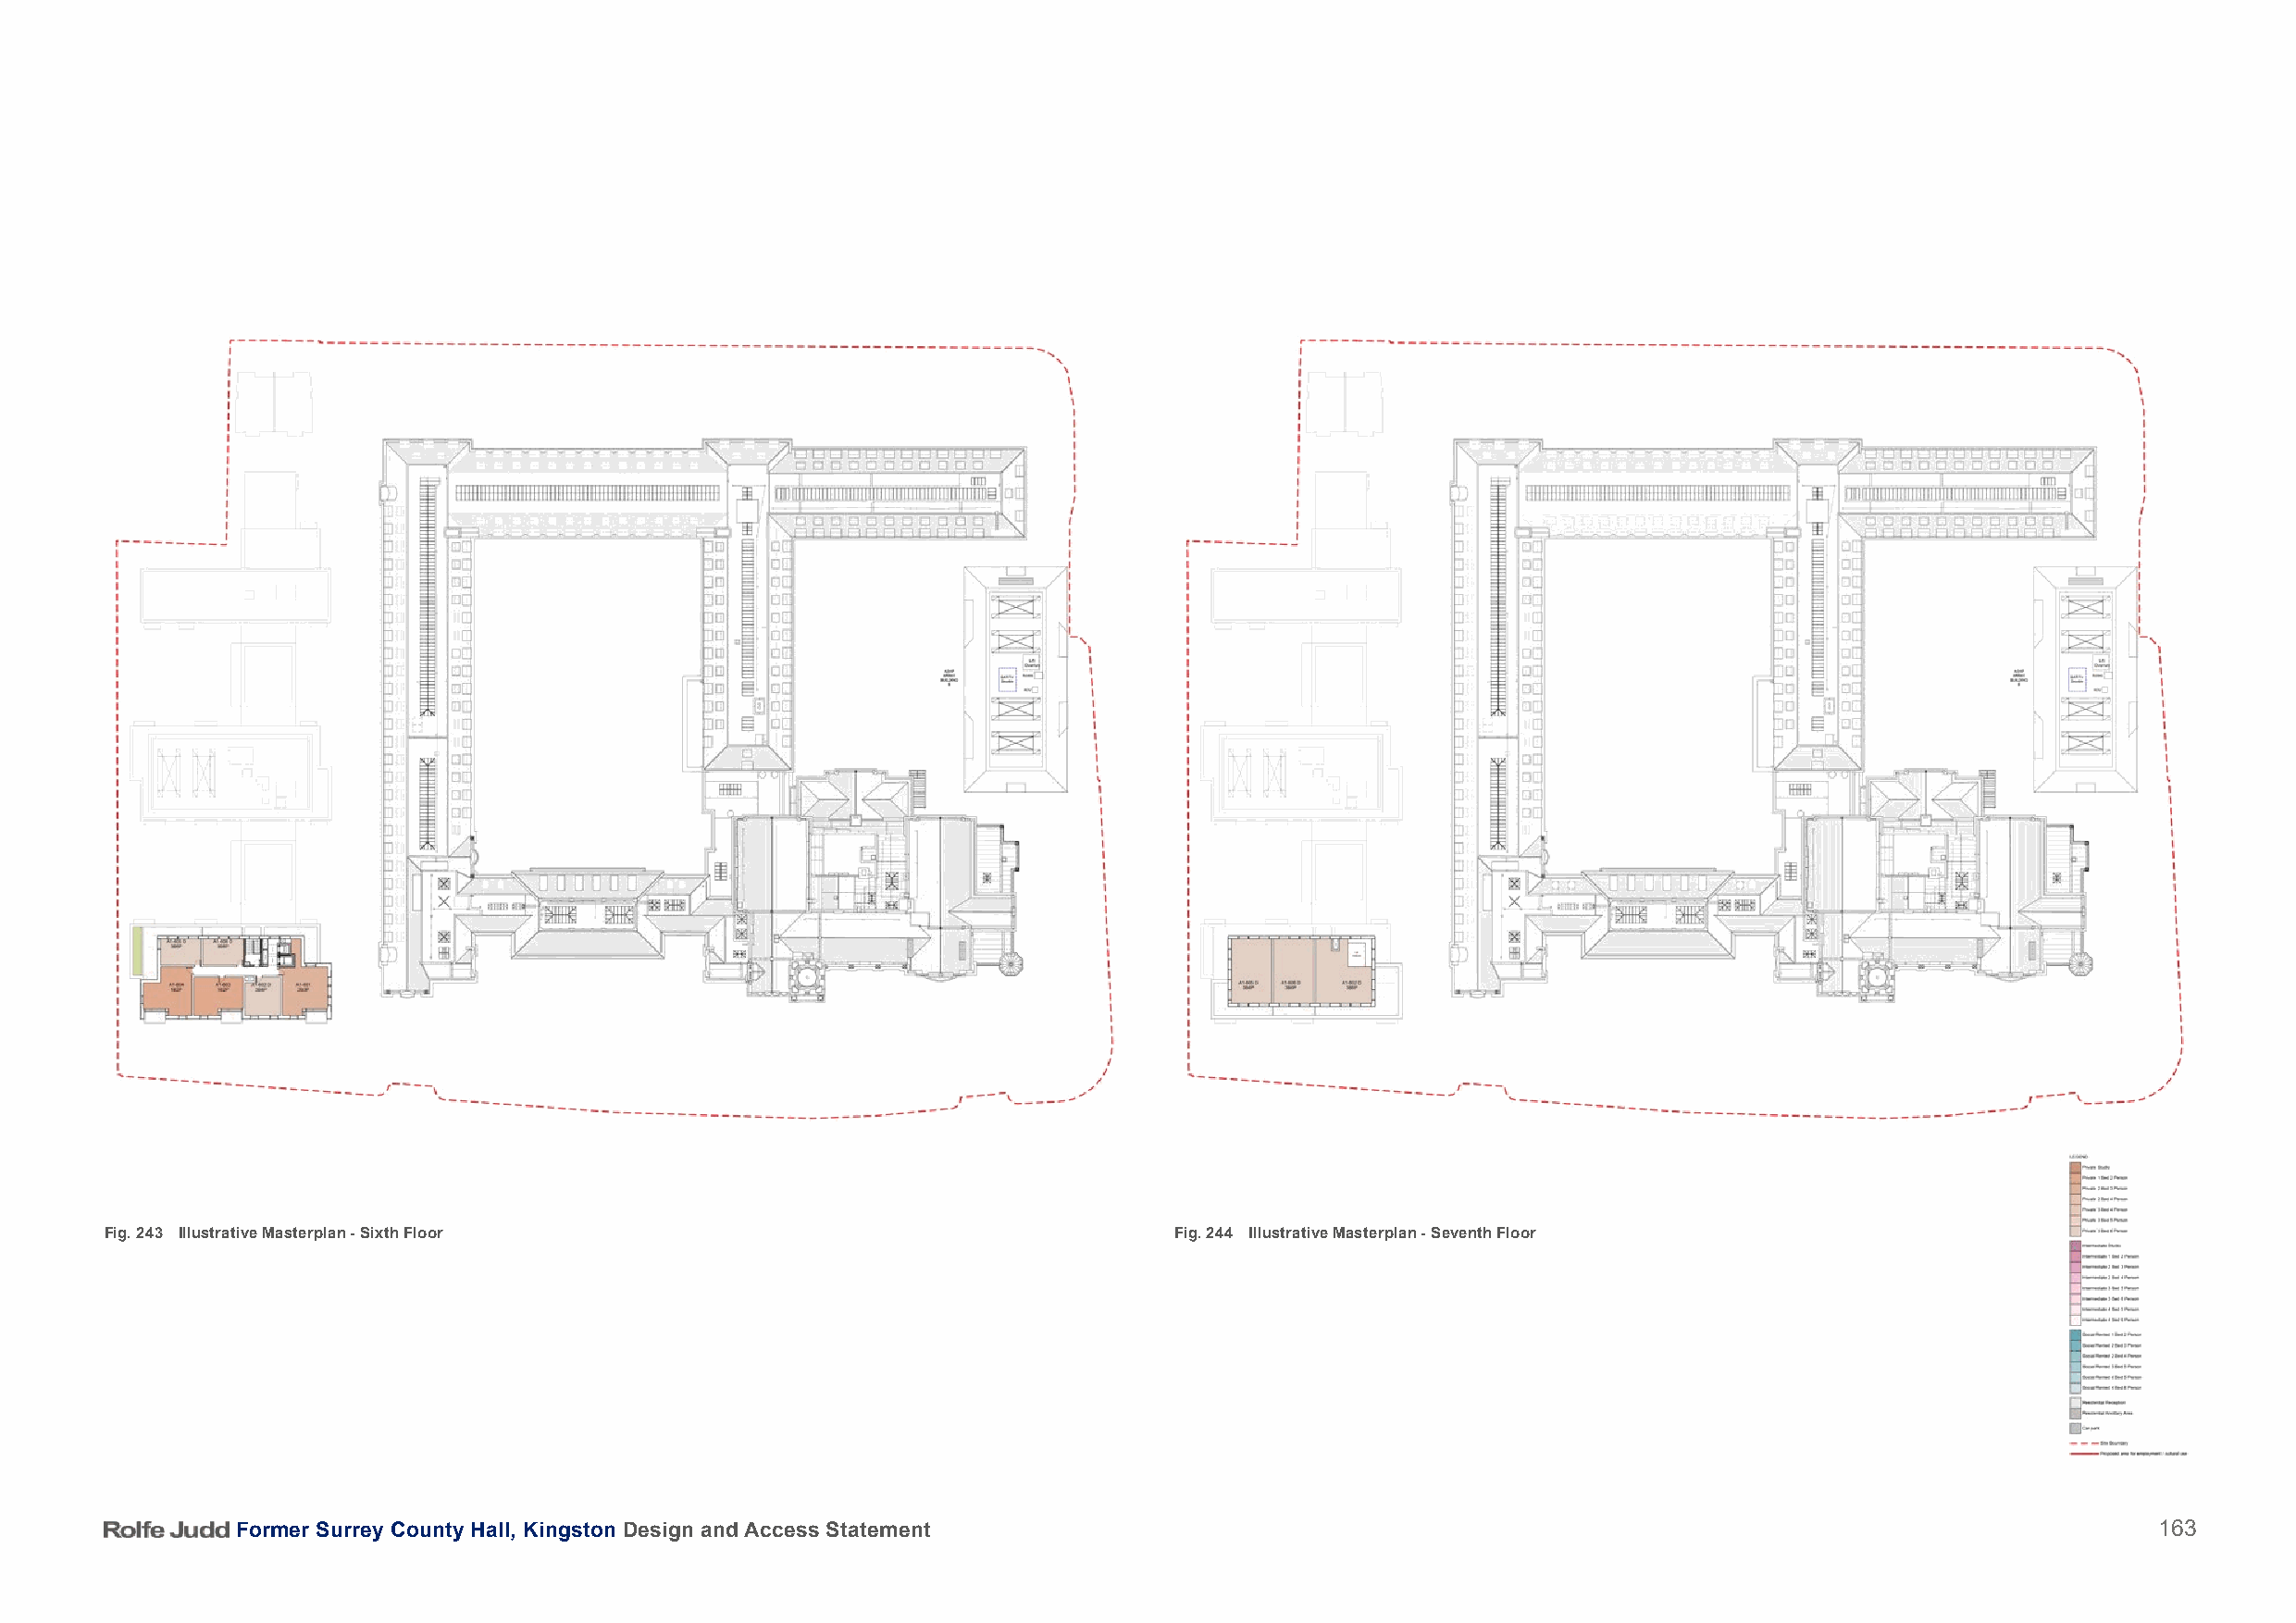
Fig. 243 Illustrative Masterplan - Sixth Floor                               Fig. 244 Illustrative Masterplan - Seventh Floor
 Former Surrey County Hall, Kingston Design and Access Statement                                                                          163